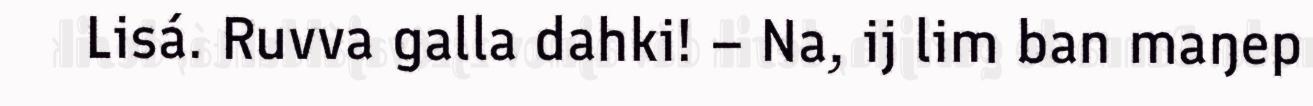
Lisá. Ruvva galla dahki! – Na, ij lim ban maŋep